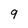
Character: 9